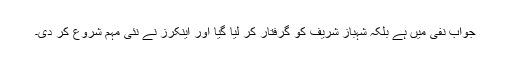
جواب نفی میں ہے بلکہ شہباز شریف کو گرفتار کر لیا گیا اور اینکرز نے نئی مہم شروع کر دی۔